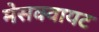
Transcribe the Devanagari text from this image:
मेसक्वायट